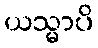
ယသ္မာပိ